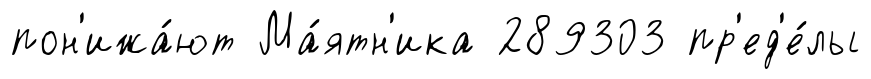
пон'ижа́ют Ма́ятн'ика 289303 пр'ед'е́лы